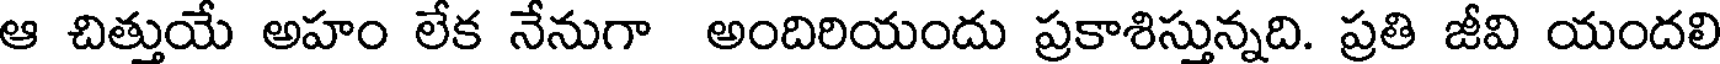
ఆ చిత్తుయే అహం లేక నేనుగా అందిరియందు ప్రకాశిస్తున్నది. ప్రతి జీవి యందలి